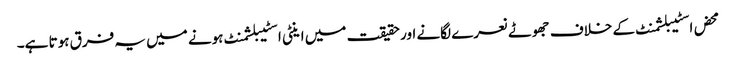
محض اسٹیبلشمنٹ کے خلاف جھوٹے نعرے لگانے اور حقیقت میں اینٹی اسٹیبلشمنٹ ہونے میں یہ فرق ہوتا ہے۔